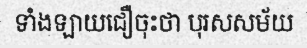
ទាំងឡាយជឿចុះថា បុរសសម័យ